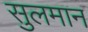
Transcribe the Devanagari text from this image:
सुलमान